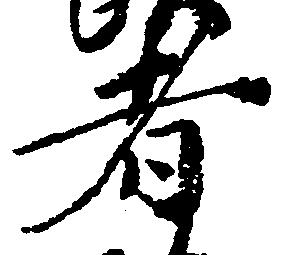
者